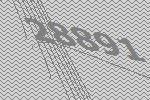
28891